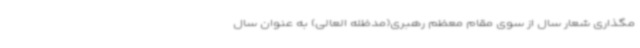
مگذاری شعار سال از سوی مقام معظم رهبری(مدظله العالی) به عنوان سال